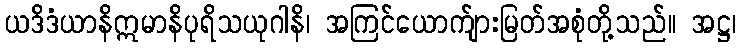
ယဒိဒံယာနိဣမာနိပုရိသယုဂါနိ၊ အကြင်ယောက်ျားမြတ်အစုံတို့သည်။ အဋ္ဌ၊